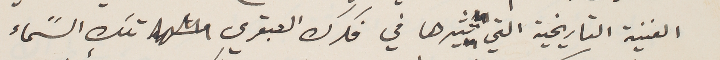
الفنية التاريخية التي تثيرها في فكرك العبقري تلك السًماء